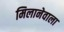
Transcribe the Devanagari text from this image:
मिलानेवाला